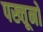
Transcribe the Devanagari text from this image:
पख्तूनो